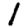
Digit: 1